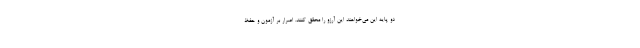
دو پایه این می‌خواهند این آرزو را محقق کنند. اصرار بر آزمون و حفظ